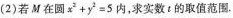
(2)若M在圆$$x^{2}+y^{2}=5$$内，求实数t的取值范围.